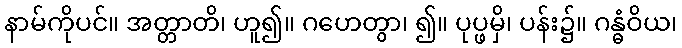
နာမ်ကိုပင်။ အတ္တာတိ၊ ဟူ၍။ ဂဟေတွာ၊ ၍။ ပုပ္ဖမှိ၊ ပန်း၌။ ဂန္ဓံဝိယ၊